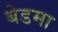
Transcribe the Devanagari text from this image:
बेडमा